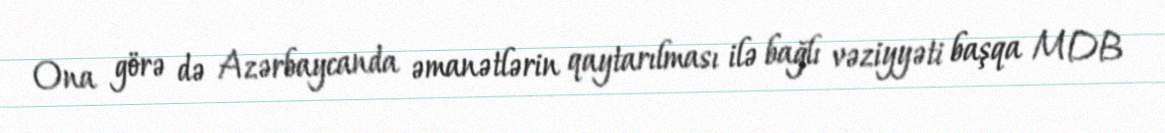
Ona görə də Azərbaycanda əmanətlərin qaytarılması ilə bağlı vəziyyəti başqa MDB